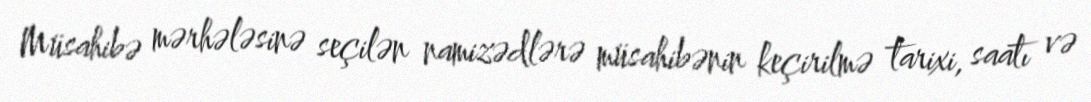
Müsahibə mərhələsinə seçilən namizədlərə müsahibənin keçirilmə tarixi, saatı və